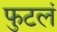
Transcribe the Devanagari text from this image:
फुटलं